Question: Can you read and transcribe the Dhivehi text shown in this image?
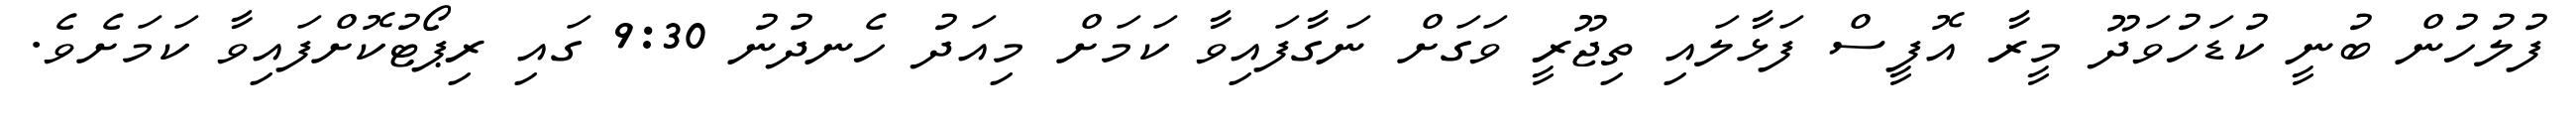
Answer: ފުލުހުން ބުނީ ކުޑަހުވަދޫ މީރާ އޮފީސް ފަޅާލައި ތިޖޫރީ ވަގަށް ނަގާފައިވާ ކަމަށް މިއަދު ހެނދުނު 9:30 ގައި ރިޕޯޓުކޮށްފައިވާ ކަމަށެވެ.